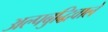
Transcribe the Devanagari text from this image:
अल्पबुद्धिवाले